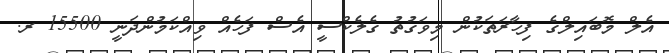
އެލް މޮބައިލްގެ ފިހާރަތަކުން މިވަގުތު ގެލެކްސީ އެސް ފަހެއް ވިއްކަމުންދަނީ 15500 ރ.